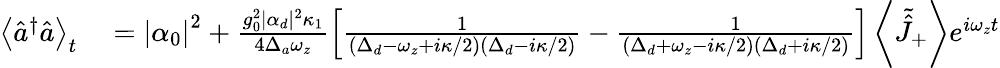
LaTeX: \begin{array}{rl}{\left\langle\hat{a}^{\dagger}\hat{a}\right\rangle_{t}}&{{}=\left|\alpha_{0}\right|^{2}+\frac{g_{0}^{2}|\alpha_{d}|^{2}\kappa_{1}}{4\Delta_{a}\omega_{z}}\left[\frac{1}{\left(\Delta_{d}-\omega_{z}+i\kappa/2\right)\left(\Delta_{d}-i\kappa/2\right)}-\frac{1}{\left(\Delta_{d}+\omega_{z}-i\kappa/2\right)\left(\Delta_{d}+i\kappa/2\right)}\right]\left\langle\tilde{\hat{J}}_{+}\right\rangle e^{i\omega_{z}t}}\end{array}